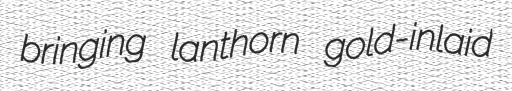
bringing lanthorn gold-inlaid